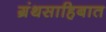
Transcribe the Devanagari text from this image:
ग्रंथसाहिबात